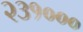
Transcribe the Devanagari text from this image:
२३१०००